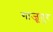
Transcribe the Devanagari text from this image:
गाजूपुर